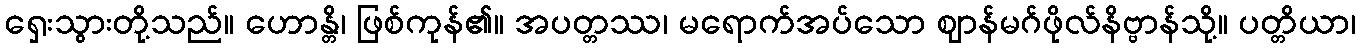
ရှေးသွားတို့သည်။ ဟောန္တိ၊ ဖြစ်ကုန်၏။ အပတ္တဿ၊ မရောက်အပ်သော ဈာန်မဂ်ဖိုလ်နိဗ္ဗာန်သို့။ ပတ္တိယာ၊